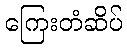
ကြေးတံဆိပ်